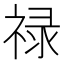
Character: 禄